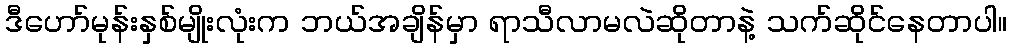
ဒီဟော်မုန်းနှစ်မျိုးလုံးက ဘယ်အချိန်မှာ ရာသီလာမလဲဆိုတာနဲ့ သက်ဆိုင်နေတာပါ။